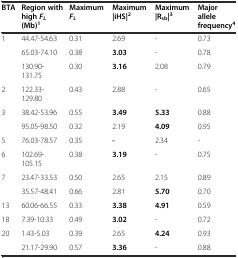
<table><thead><tr><td><b>BTA</b></td><td><b>Region with high<i>F</i><sub><i>L</i></sub>(Mb)<sup>1</sup></b></td><td><b>Maximum<i>F</i><sub><i>L</i></sub></b></td><td><b>Maximum |iHS|<sup>2</sup></b></td><td><b>Maximum |R<sub>sb</sub>|<sup>3</sup></b></td><td><b>Major allele frequency<sup>4</sup></b></td></tr></thead><tbody><tr><td>1</td><td>44.47-54.63</td><td>0.31</td><td>2.69</td><td>-</td><td>0.73</td></tr><tr><td></td><td>65.03-74.10</td><td>0.38</td><td><b>3.03</b></td><td>-</td><td>0.78</td></tr><tr><td></td><td>130.90-131.75</td><td>0.30</td><td><b>3.16</b></td><td>2.08</td><td>0.79</td></tr><tr><td>2</td><td>122.33-129.80</td><td>0.43</td><td>2.88</td><td>-</td><td>0.65</td></tr><tr><td>3</td><td>38.42-53.96</td><td>0.55</td><td><b>3.49</b></td><td><b>5.33</b></td><td>0.88</td></tr><tr><td></td><td>95.05-98.50</td><td>0.32</td><td>2.19</td><td><b>4.09</b></td><td>0.95</td></tr><tr><td>5</td><td>76.03-78.57</td><td>0.35</td><td><b>-</b></td><td>2.34</td><td>-</td></tr><tr><td>6</td><td>102.69-105.15</td><td>0.38</td><td><b>3.19</b></td><td>-</td><td>0.75</td></tr><tr><td>7</td><td>23.47-33.53</td><td>0.50</td><td>2.65</td><td>2.15</td><td>0.89</td></tr><tr><td></td><td>35.57-48.41</td><td>0.66</td><td>2.81</td><td><b>5.70</b></td><td>0.70</td></tr><tr><td>13</td><td>60.06-66.55</td><td>0.33</td><td><b>3.38</b></td><td><b>4.91</b></td><td>0.59</td></tr><tr><td>18</td><td>7.39-10.33</td><td>0.49</td><td><b>3.02</b></td><td>-</td><td>0.72</td></tr><tr><td>20</td><td>1.43-5.03</td><td>0.39</td><td>2.65</td><td><b>4.24</b></td><td>0.93</td></tr><tr><td></td><td>21.17-29.90</td><td>0.57</td><td><b>3.36</b></td><td>-</td><td>0.88</td></tr></tbody></table>